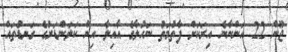
ޖޫން 22 އަންނާނެ އިރަކަށް ފާތުމަތު ނަހުލާގެ އާއިލާ އިން ކަލަންޑަރުގެ ގަނޑުތައް